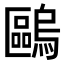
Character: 𠥹